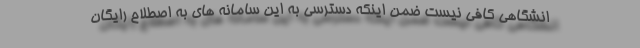
انشگاهی کافی نیست ضمن اینکه دسترسی به این سامانه های به اصطلاح رایگان